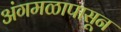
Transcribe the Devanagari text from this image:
अंगमळापासून